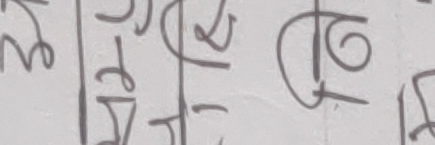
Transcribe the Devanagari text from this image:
मर्सटु